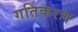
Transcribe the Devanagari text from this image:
गतिकरण